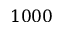
1 0 0 0